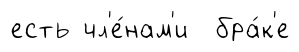
есть чл'е́нам'и бра́к'е